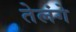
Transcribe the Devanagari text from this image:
तेलंगे